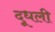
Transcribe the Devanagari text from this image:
दूधली